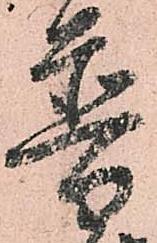
普